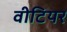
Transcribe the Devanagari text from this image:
वीटियर